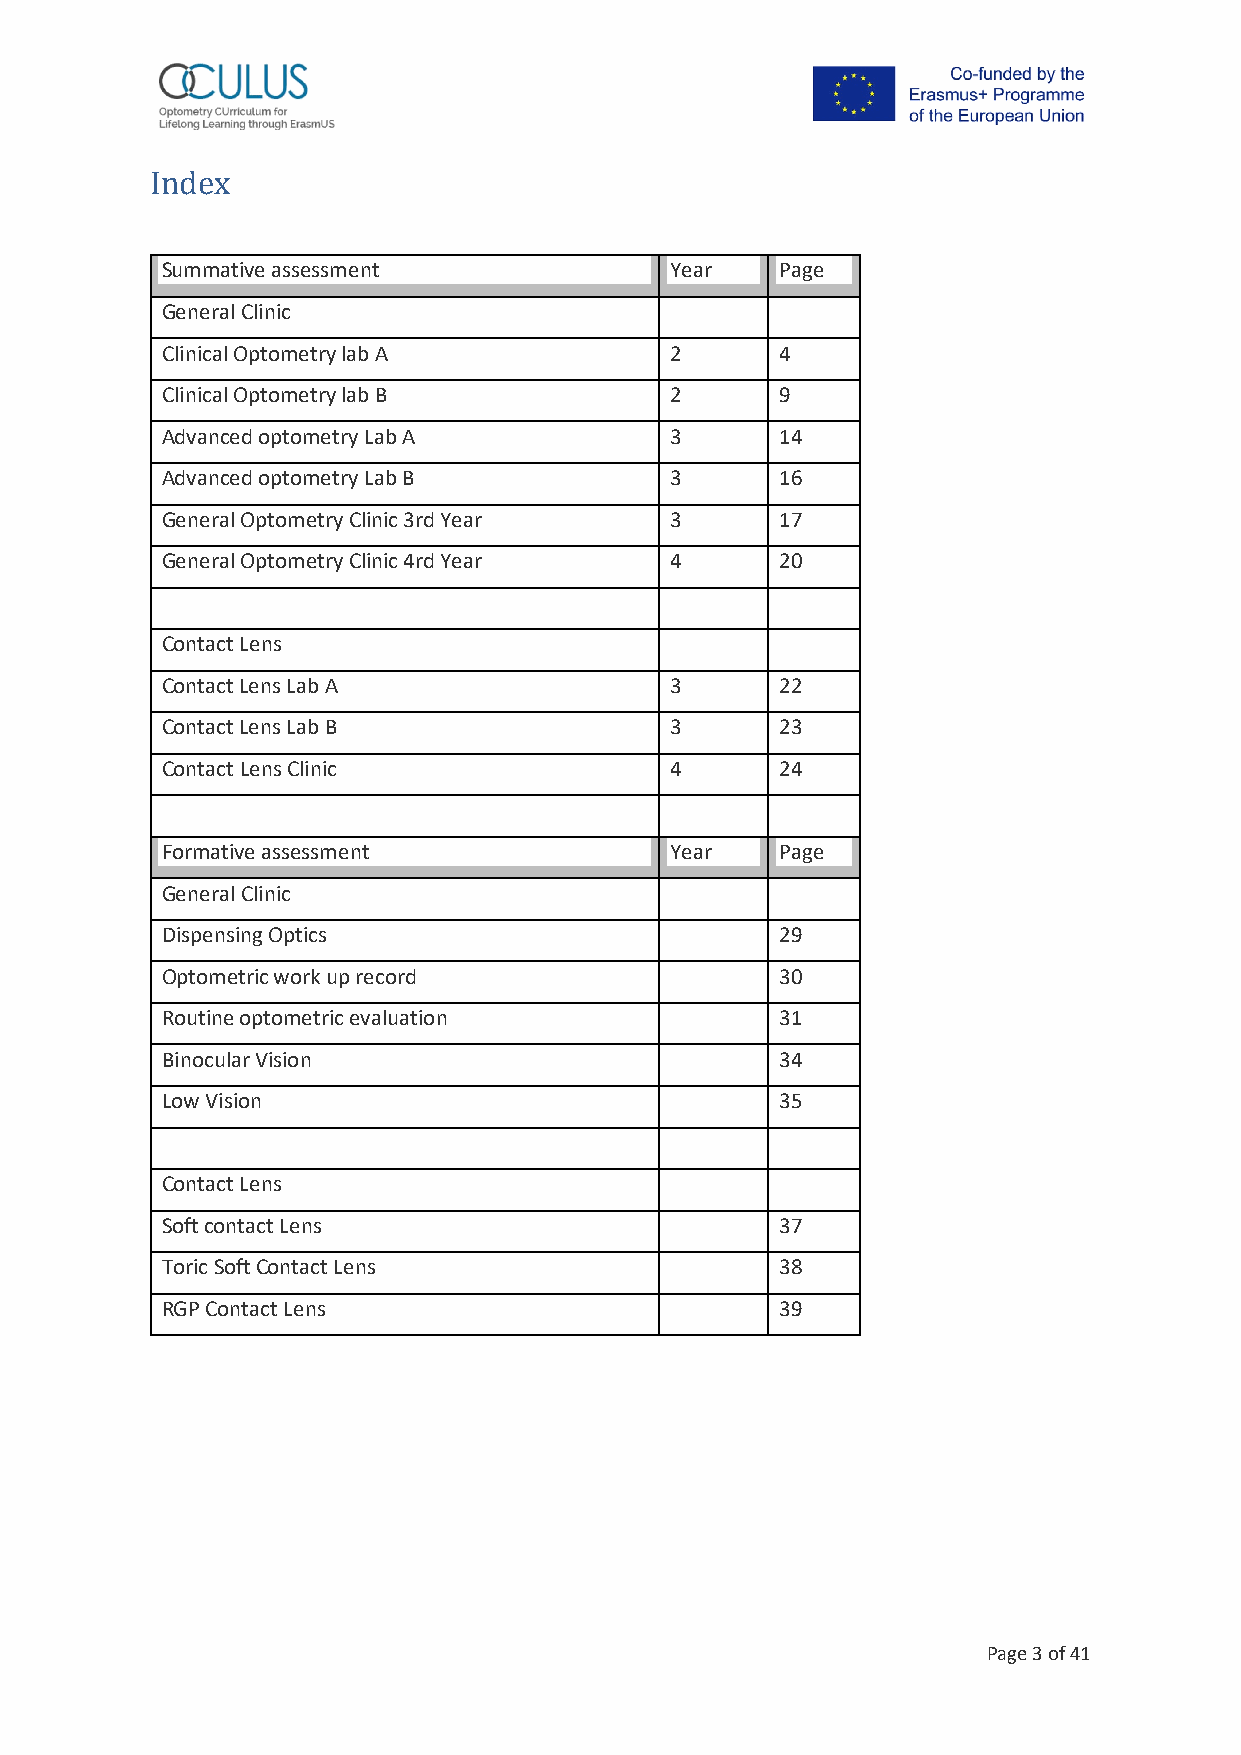
Index
 Summative assessment             Year    Page
 General Clinic
 Clinical Optometry lab A         2       4
 Clinical Optometry lab B         2       9
 Advanced optometry Lab A         3       14
 Advanced optometry Lab B         3       16
 General Optometry Clinic 3rd Year 3      17
 General Optometry Clinic 4rd Year 4      20
 Contact Lens
 Contact Lens Lab A               3       22
 Contact Lens Lab B               3       23
 Contact Lens Clinic              4       24
 Formative assessment             Year    Page
 General Clinic
 Dispensing Optics                        29
 Optometric work up record                30
 Routine optometric evaluation            31
 Binocular Vision                         34
 Low Vision                               35
 Contact Lens
 Soft contact Lens                        37
 Toric Soft Contact Lens                  38
 RGP Contact Lens                         39
 Page 3 of 41